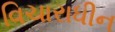
વિચારાધીન